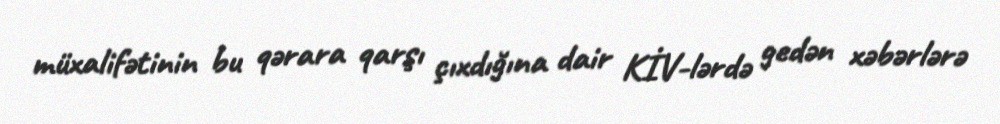
müxalifətinin bu qərara qarşı çıxdığına dair KİV-lərdə gedən xəbərlərə